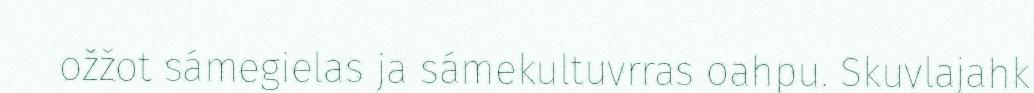
ožžot sámegielas ja sámekultuvrras oahpu. Skuvlajahki